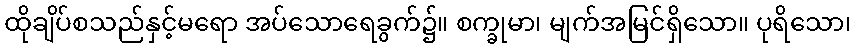
ထိုချိပ်စသည်နှင့်မရော အပ်သောရေခွက်၌။ စက္ခုမာ၊ မျက်အမြင်ရှိသော။ ပုရိသော၊